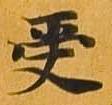
受